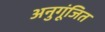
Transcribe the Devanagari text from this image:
अनुगूंजित